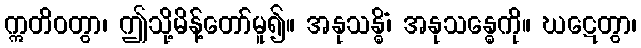
ဣတိဝတွာ၊ ဤသို့မိန့်တော်မူ၍။ အနုသန္ဓိံ၊ အနုသန္ဓေကို။ ဃဋေတွာ၊